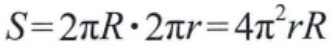
\(S = 2\pi R\cdot 2\pi r = 4\pi^{2}rR\)